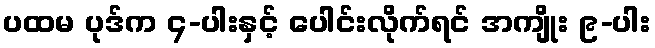
ပထမ ပုဒ်က ၄-ပါးနှင့် ပေါင်းလိုက်ရင် အကျိုး ၉-ပါး